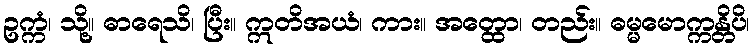
ဥက္ကံ၊ သို့။ ဓာရေသိ၊ ပြီး။ ဣတိအယံ၊ ကား။ အတ္ထော၊ တည်း။ ဓမ္မမောက္ကန္တိပိ၊